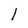
Character: l